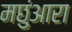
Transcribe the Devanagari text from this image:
मछुंआरा